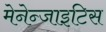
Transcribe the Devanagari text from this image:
मेनेन्जाइटिस